65_HS1-834228961_62-HQ-83894_Section_7
Agency: FBI
Page 167
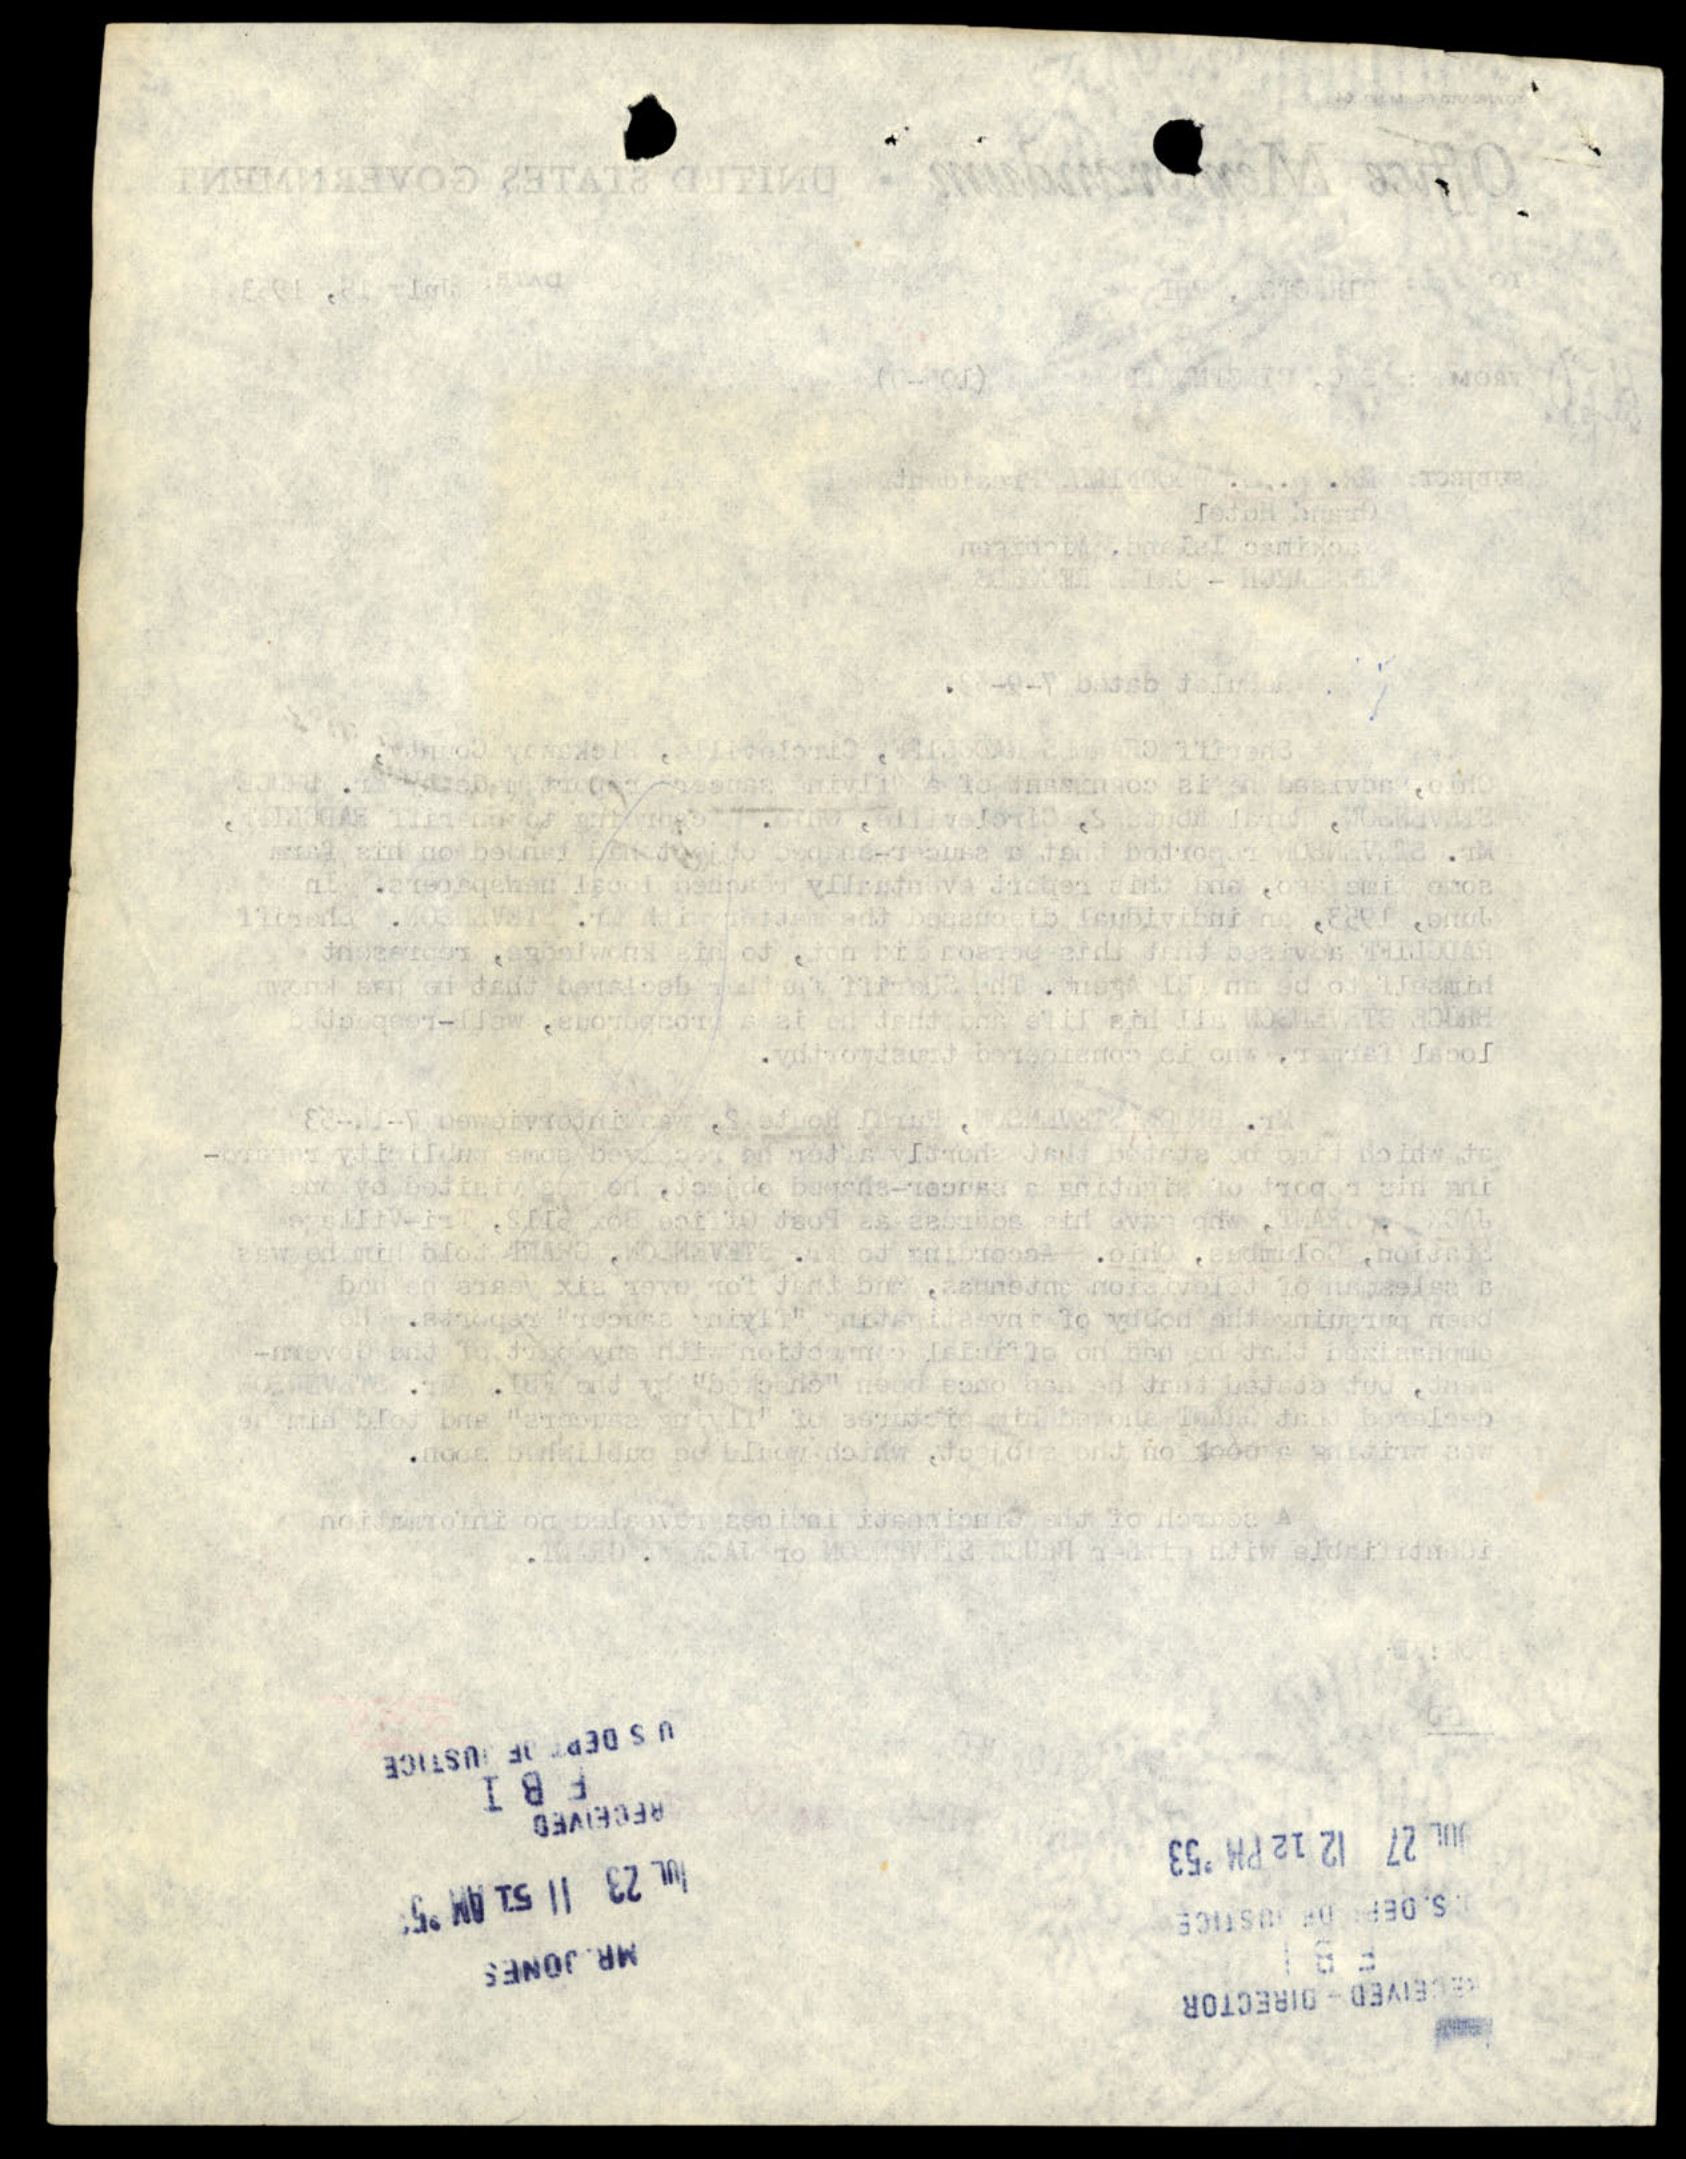